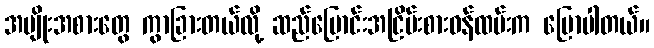
အမျိုးအစားတွေ ကွာခြားတယ်လို့ ဆည်မြောင်းအငြိမ်းစားဝန်ထမ်းက ပြောပါတယ်။